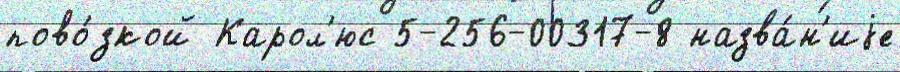
пово́зкой Карол'юс 5-256-00317-8 назва́н'иjе